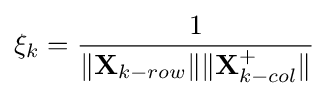
\xi _{k}={\frac {1}{\|\mathbf {X} _{k-row}\|\|\mathbf {X} _{k-col}^{+}\|}}